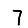
Digit: 7